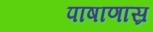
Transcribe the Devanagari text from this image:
पाषाणास्र